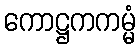
ကောဋ္ဌကကမ္မံ